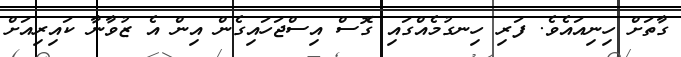
ގާތަށް ހިނިއައެވެ. ފަރި ހިނގުމެއްގައި ގޮސް އިސްޖަހައިގެން އިން އެ ޒުވާނާ ކައިރިއަށް